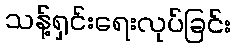
သန့်ရှင်းရေးလုပ်ခြင်း